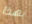
بهذا